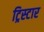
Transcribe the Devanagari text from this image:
ट्रिस्‍टार